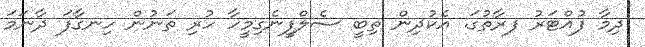
ދިމާ ފުއްޓަރު ފރާތުގަ. އެކުދިން ތިބީ ސެލްފީނެގިމީހާ ހުރި ތަނުން ހިނގާފަ ދާނަމަ